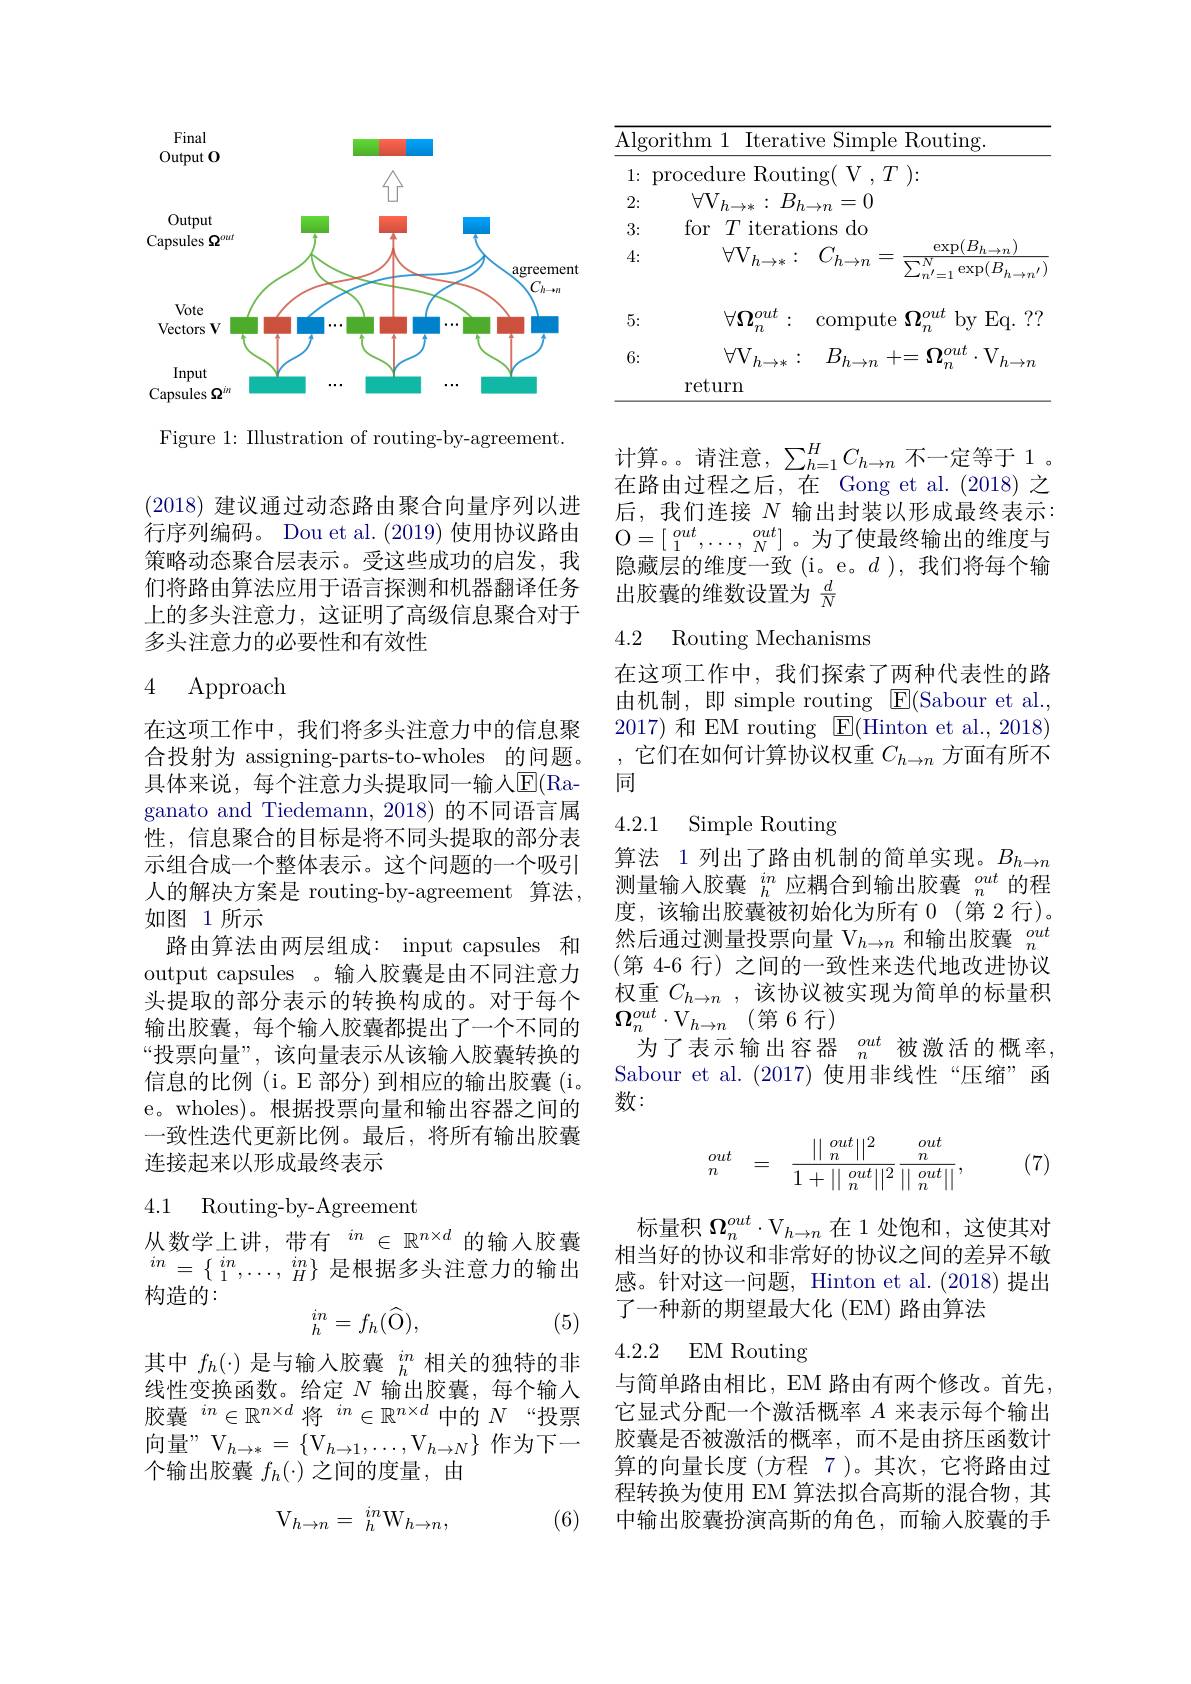
<FigureHere>

Figure 1: IIlustration of routing-by-agreement.

(2018)建议通过动态路由聚合向量序列以进行序列编码。Dou et al.(2019) 使用协议路由策略动态聚合层表示。受这些成功的启发，我们将路由算法应用于语言探测和机器翻译任务上的多头注意力，这证明了高级信息聚合对于多头注意力的必要性和有效性

## 4 Approach

在这项工作中，我们将多头注意力中的信息聚合投射为 assigning-parts-to-wholes 的问题。具体来说，每个注意力头提取同一输入$\overline{\mathrm{E}}($Raganato and Tiedemann, 2018) 的不同语言属性，信息聚合的目标是将不同头提取的部分表示组合成一个整体表示。这个问题的一个吸引人的解决方案是 routing-by-agreement 算法， 如图 1 所示
路由算法由两层组成：input capsules 和output capsules 。输人胶囊是由不同注意力头提取的部分表示的转换构成的。对于每个输出胶囊，每个输入胶囊都提出了一个不同的“投票向量”,该向量表示从该输入胶囊转换的信息的比例(i。E 部分) 到相应的输出胶囊(i。e。wholes)。根据投票向量和输出容器之间的一致性迭代更新比例。最后，将所有输出胶囊连接起来以形成最终表示

## 4.1 Routing-by-Agreement

从数学上讲，带有$^{in}\in\mathbb{R}^{n\times d}$的输入胶囊$in=\left\{\begin{array}{ll}{in}&{in}\\{1}&{\cdots},&{in}\\\end{array}\right\}$是根据多头注意力的输出构造的：
$$\begin{smallmatrix}in\\h\end{smallmatrix}=f_h(\widehat{\mathrm{O}}),$$
(5)

其中$f_h(\cdot)$是与输入胶囊$_h^{in}$相关的独特的非线性变换函数。给定$N$输出胶囊，每个输入胶囊$^in\in\mathbb{R}^{n\times d}\text{将}^{in}\in\mathbb{R}^{n\times d}$中的$N$“投票向量” $\mathcal{V}_h\to*=\{\mathrm{V}_{h\to1},\ldots,\mathrm{V}_{h\to N}\}$作为下一个输出胶囊$f_h(\cdot)$之间的度量，由

(6)
$$\mathrm V_{h\to n}={}_{h}^{in}\mathrm W_{h\to n},$$
<table>
	<tbody>
		<tr>
			<th>$\operatorname{Algorithm}1$ Iterat</th>
			<th>ative Simple Routing.</th>
		</tr>
		<tr>
			<td>:Rout 1: $\mathop{\mathrm{procedure}}$</td>
			<td>$\operatorname{uting(}$V$,T)\colon$</td>
		</tr>
		<tr>
			<td>$\forall V_{h}.$ 2: $B$ $l\to*$</td>
			<td>$B_{h\to n}$ =0</td>
		</tr>
		<tr>
			<td>for $T$ iterat 3:</td>
			<td>;do ations</td>
		</tr>
		<tr>
			<td>$\forall\mathcal{V}_{h\to*}$ 4:</td>
			<td>$C_{h\to n}$ $\exp(B_{h\to n}$, $\frac{\mathrm{crep}(\Delta n\to n)}{\sum_{n^{\prime}=1}^{N}\exp(B_{h\to n^{\prime}})}$</td>
		</tr>
		<tr>
			<td>5: $\forall\Omega_{\mathrm{n}}^{out}$ $\boldsymbol{m}$</td>
			<td>by Eq. ? ? compute $\Omega^{out}$ $^{'}m$</td>
		</tr>
		<tr>
			<td>$\forall\mathrm{V}_{h\to*}$ 6: return</td>
			<td>$\cdot\mathrm{V}_{h\to n}$ $B_{h\to n}$ += $\Omega^{out}$ $^{^{\prime}}m$</td>
		</tr>
		<tr>
			<td>return</td>
			<td> </td>
		</tr>
	</tbody>
</table>

计算。请注意，$\sum_h=1^HC_{h\to n}$不一定等于 1。在路由过程之后，在 Gong et al.(2018) 之后，我们连接$N$输出封装以形成最终表示： $\mathcal{O}=[\begin{smallmatrix}out&out\\1&\ldots,&N\end{smallmatrix}]$。为了使最终输出的维度与隐藏层的维度一致(i。e。$d$),我们将每个输出胶囊的维数设置为$\frac dN$

### 4.2 Routing Mechanisms

在这项工作中，我们探索了两种代表性的路由机制，即 simple routing ${\mathrm{E}}($Sabour et al., 2017)和 EM routing $\boxed{\mathrm{E}}($Hinton et al.,2018) 它们在如何计算协议权重$C_{h\to n}$方面有所不同

4.2.1

## Simple Routing

算法 1 列出了路由机制的简单实现。$B_{h\to n}$ 测量输入胶囊$_h^{in}$应耦合到输出胶囊$_n^{out}$的程度，该输出胶囊被初始化为所有 0 (第 2 行)。然后通过测量投票向量$\mathcal{V}_h\to n\text{ 和输出胶囊 }_n^{out}$ (第 4-6 行)之间的一致性来迭代地改进协议权重$C_{h\to n}$,该协议被实现为简单的标量积$\begin{array}{c}{\Omega_{n}^{out}\cdot\mathrm{V}_{h\to n}}&{(\text{第 6 行})}\\\end{array}$
为了表示输出容器$\begin{array}{c}{out}\\{n}\end{array}$被激活的概率， Sabour et al.(2017)使用非线性“压缩”函数：
$$\begin{matrix}out&=&\frac{||\begin{smallmatrix}out\\n\end{smallmatrix}||^2}{1+||\begin{smallmatrix}out\\n\end{smallmatrix}||^2}\frac{\begin{smallmatrix}out\\n\end{smallmatrix}}{||\begin{smallmatrix}out\\n\end{smallmatrix}||},\end{matrix}$$
(7)

标量积$\Omega_n^{out}\cdot\mathrm{V}_{h\to n}$在 1 处饱和，这使其对相当好的协议和非常好的协议之间的差异不敏感。针对这一问题，Hinton et al.(2018) 提出了一种新的期望最大化 (EM) 路由算法

4.2.2 EM Routing

与简单路由相比，EM 路由有两个修改。首先， 它显式分配一个激活概率$A$来表示每个输出胶囊是否被激活的概率，而不是由挤压函数计算的向量长度(方程 7 )。其次，它将路由过程转换为使用 EM 算法拟合高斯的混合物，其中输出胶囊扮演高斯的角色，而输入胶囊的手